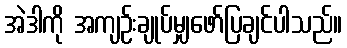
အဲဒါကို အကျဉ်းချုပ်မျှဖော်ပြချင်ပါသည်။